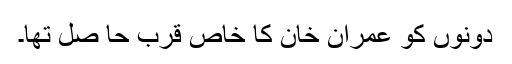
دونوں کو عمران خان کا خاص قرب حا صل تھا۔